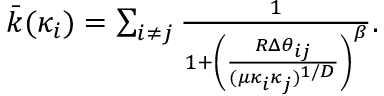
\begin{array} { r } { \bar { k } ( \kappa _ { i } ) = \sum _ { i \neq j } \frac { 1 } { 1 + \left( \frac { R \Delta \theta _ { i j } } { ( \mu \kappa _ { i } \kappa _ { j } ) ^ { 1 / D } } \right) ^ { \beta } } . } \end{array}